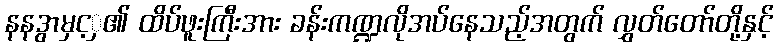
နနဒွာမှင့ှ၏ ထိပ်ဖူးကြီးအား ခန်းကဏ္ဍလိုအပ်နေသည့်အတွက် လွှတ်တော်တို့နှင့်